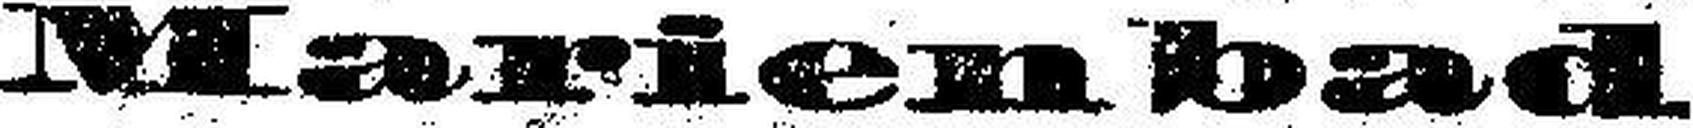
Marienbad